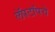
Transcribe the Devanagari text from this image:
लॅपटॉपचे